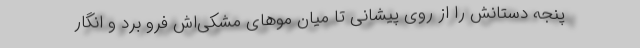
پنجه دستانش را از روی پیشانی تا میان موهای مشکی‌اش فرو برد و انگار